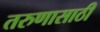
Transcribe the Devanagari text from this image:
तरुणासाठी